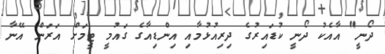
ދޯނީ" އާއެކު ދޯނީ ކުޑައިރުގެ ދިރިއުޅުމާއި އިންޑިއާގެ ގައުމީ ޓީމަށް އަރަން އޭނާ